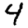
Digit: 4